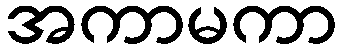
အကာမကာ